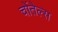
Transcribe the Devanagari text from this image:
चोंतेल्स